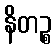
နိတဉ္စ